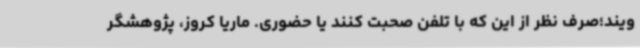
ویند؛صرف نظر از این که با تلفن صحبت کنند یا حضوری. ماریا کروز، پژوهشگر